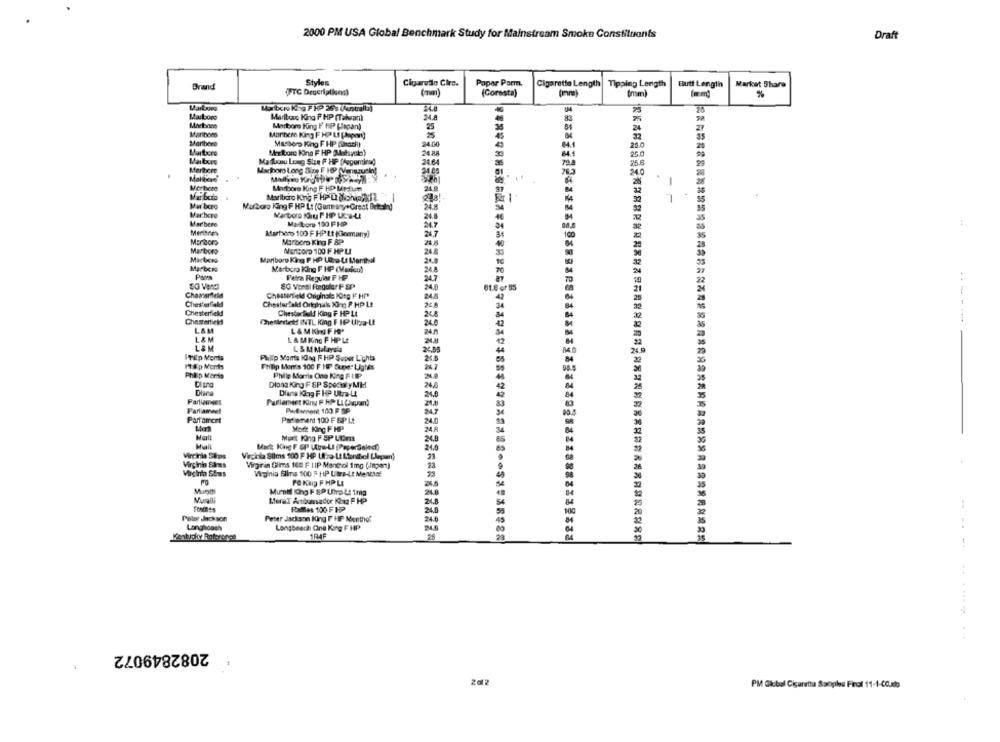
2000 PM USA Global Benchmark Study for Mainstream Smoke Constituents
Draft
Styles
Brand
Cigaretlo Circ.
Paper Parm.
Cigarette Length| Tipping Length
Butt Lengtin
Market Share
(FTC Descriptions)
(mm)
(Coresta)
%
Varbor
Marlboro
Marlbuco King F HP (Taban)
24.8
83
Marboro King F HP (Japan)
25
24
Marbero King F HP LI (Japan)
Maribere
24.00
32
MasterD King F HP (Nach)
25.0
Marlboro
Maxtor King F HP Malsweb)
24.88
25.0
Marlboro
Marcou Lung Size F HIP Cegomirad
24.64
25.8
Mertere
Marlboro Long Size F HP (Venezuela!
M40
Maltiere
Merbete
Marbore King F HP Urlun
Mar bcio
Marlboro King F. HP D Monki
248!
-
Mat boro
Murboro King F HP Lt (Germany+Great Betesin)
24.8
Marbceo
Wartons Kiu FIP Ucsul
24.8
Maribere
Marlboro 100 FHP
24.7
:
Merihnen
Martinro 100 F HP Lt (Germany)
24.7
Martoro
Marboro King F &P
24.8
Marboro
MERBORD 100 F HPL
248
Marlboro King F HP LEpe Lt Menthal
24.8
Marber
Marboro King F HP (Madieu)
24.8
Petra Regular F HP
SG Vang
8G Vens| Fregular F SP
61.0 or 55
Chesterfield
Chesterfield Originale Korg PHP
43
Chesterfield
Chesterlsks Originals King P HP Lt
24.8
Chesterfield
Chesterfield King F HP Lt
Chesterfield
Cheflechees INTL King F IP Uta-L
L&M
L& M
L & M Kinc F HP LE
LAM
L & M Malaysia
24,85
ITEp Monts
Philip Marts King F HP Super Lichts
MEp Monts
Philip Mon's 100 F HP Super Ligiés
Philip Merse
Philip Morris Ono King PIPP
26.8
Diana King F SP Specify MM
Diante King F HP Uta-Lt
24.0
Parlament Kiny F HP LL (Japan)
Parliamwel
PhiElement 100 F SP
Parfarrcrt
Parlement 100 F SP Lt
24.0
Moft ling F HP
24.A
Murt King F SP Loim
24.8
Mack King F &P Wie-LI (PaperSelect)
24.0
Vircinla Skps
Virginia Slims 100 P HP Ura-Lt Lionihel Llegan)
Virgini Saus
Virginia Glims 100 F | IP Menthol 1mg (Japan)
23
Vicini Stus
Virginia Blins 100 F HP Utre-Lt MeNad
23
FO KUS F HPLI
Mumnel King P SP Loro Lt frag
MeraT Anbumsador Kiaz F HP
248
Rames 100 F HP
24.8
Peter Jackson
Peter Jackson King P HIP Menthol
24.6
Longhooch
Longbeach Cna King F HP
1R4F
.-........ .
2082849072
PM Global Cigaretta Sociales Final 11-1-00.b